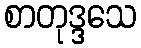
စာတုဒ္ဒသေ